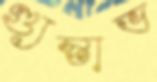
গ্যুস্তাভ